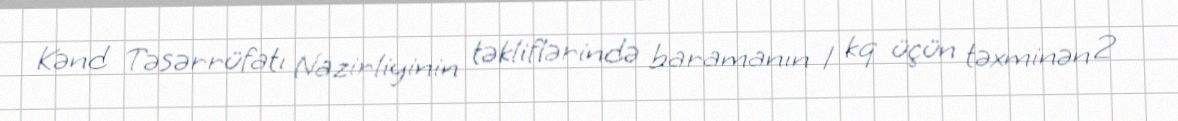
Kənd Təsərrüfatı Nazirliyinin təkliflərində baramanın 1 kq üçün təxminən 2